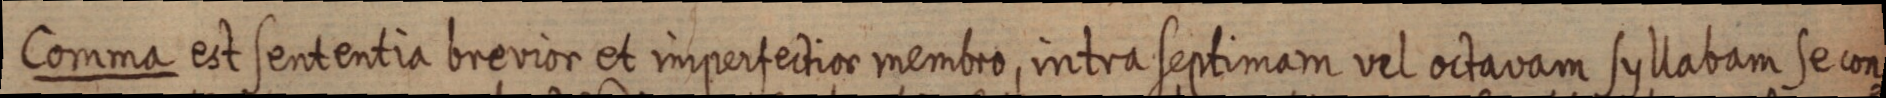
Comma est sententia brevior et imperfectior membro, intra septimam vel octavam syllabam se con